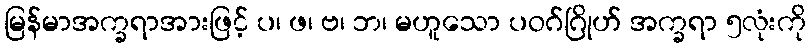
မြန်မာအက္ခရာအားဖြင့် ပ၊ ဖ၊ ဗ၊ ဘ၊ မဟူသော ပဝဂ်ဂြိုဟ် အက္ခရာ ၅လုံးကို